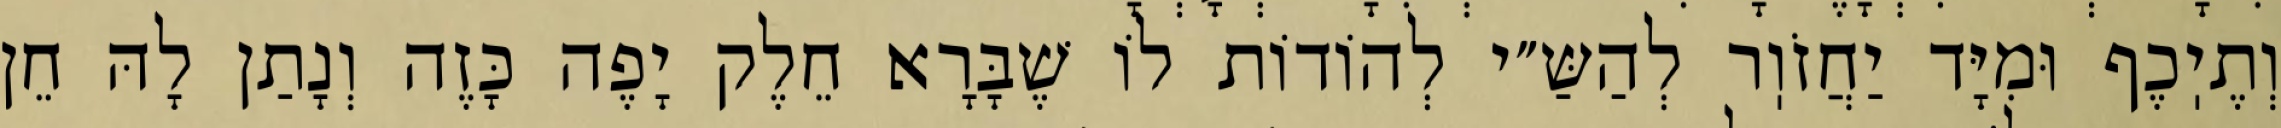
וְתֶיֽכֶף וּמִיָּד יַחֲזֹוֽר לְהַשַּ״י לְהוֹדוֹת לוֹ שֶׁבָּרָא חֵלֶק יָפֶה כָּזֶה וְנָתַן לָהּ חֵן